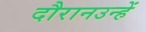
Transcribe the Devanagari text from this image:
दौरानउन्हें